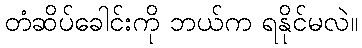
တံဆိပ်ခေါင်းကို ဘယ်က ရနိုင်မလဲ။